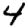
Digit: 4